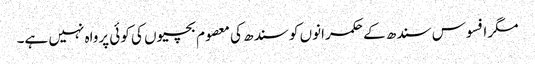
مگر افسوس سندھ کے حکمرانوں کو سندھ کی معصوم بچیوں کی کوئی پرواہ نہیں ہے۔